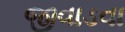
જીવાડવા